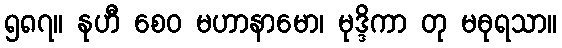
၅၈၇။ နုဟီ စေဝ မဟာနာမော၊ မုဒ္ဒိကာ တု မဓုရသာ။